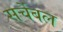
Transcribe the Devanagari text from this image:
सर्चेबल